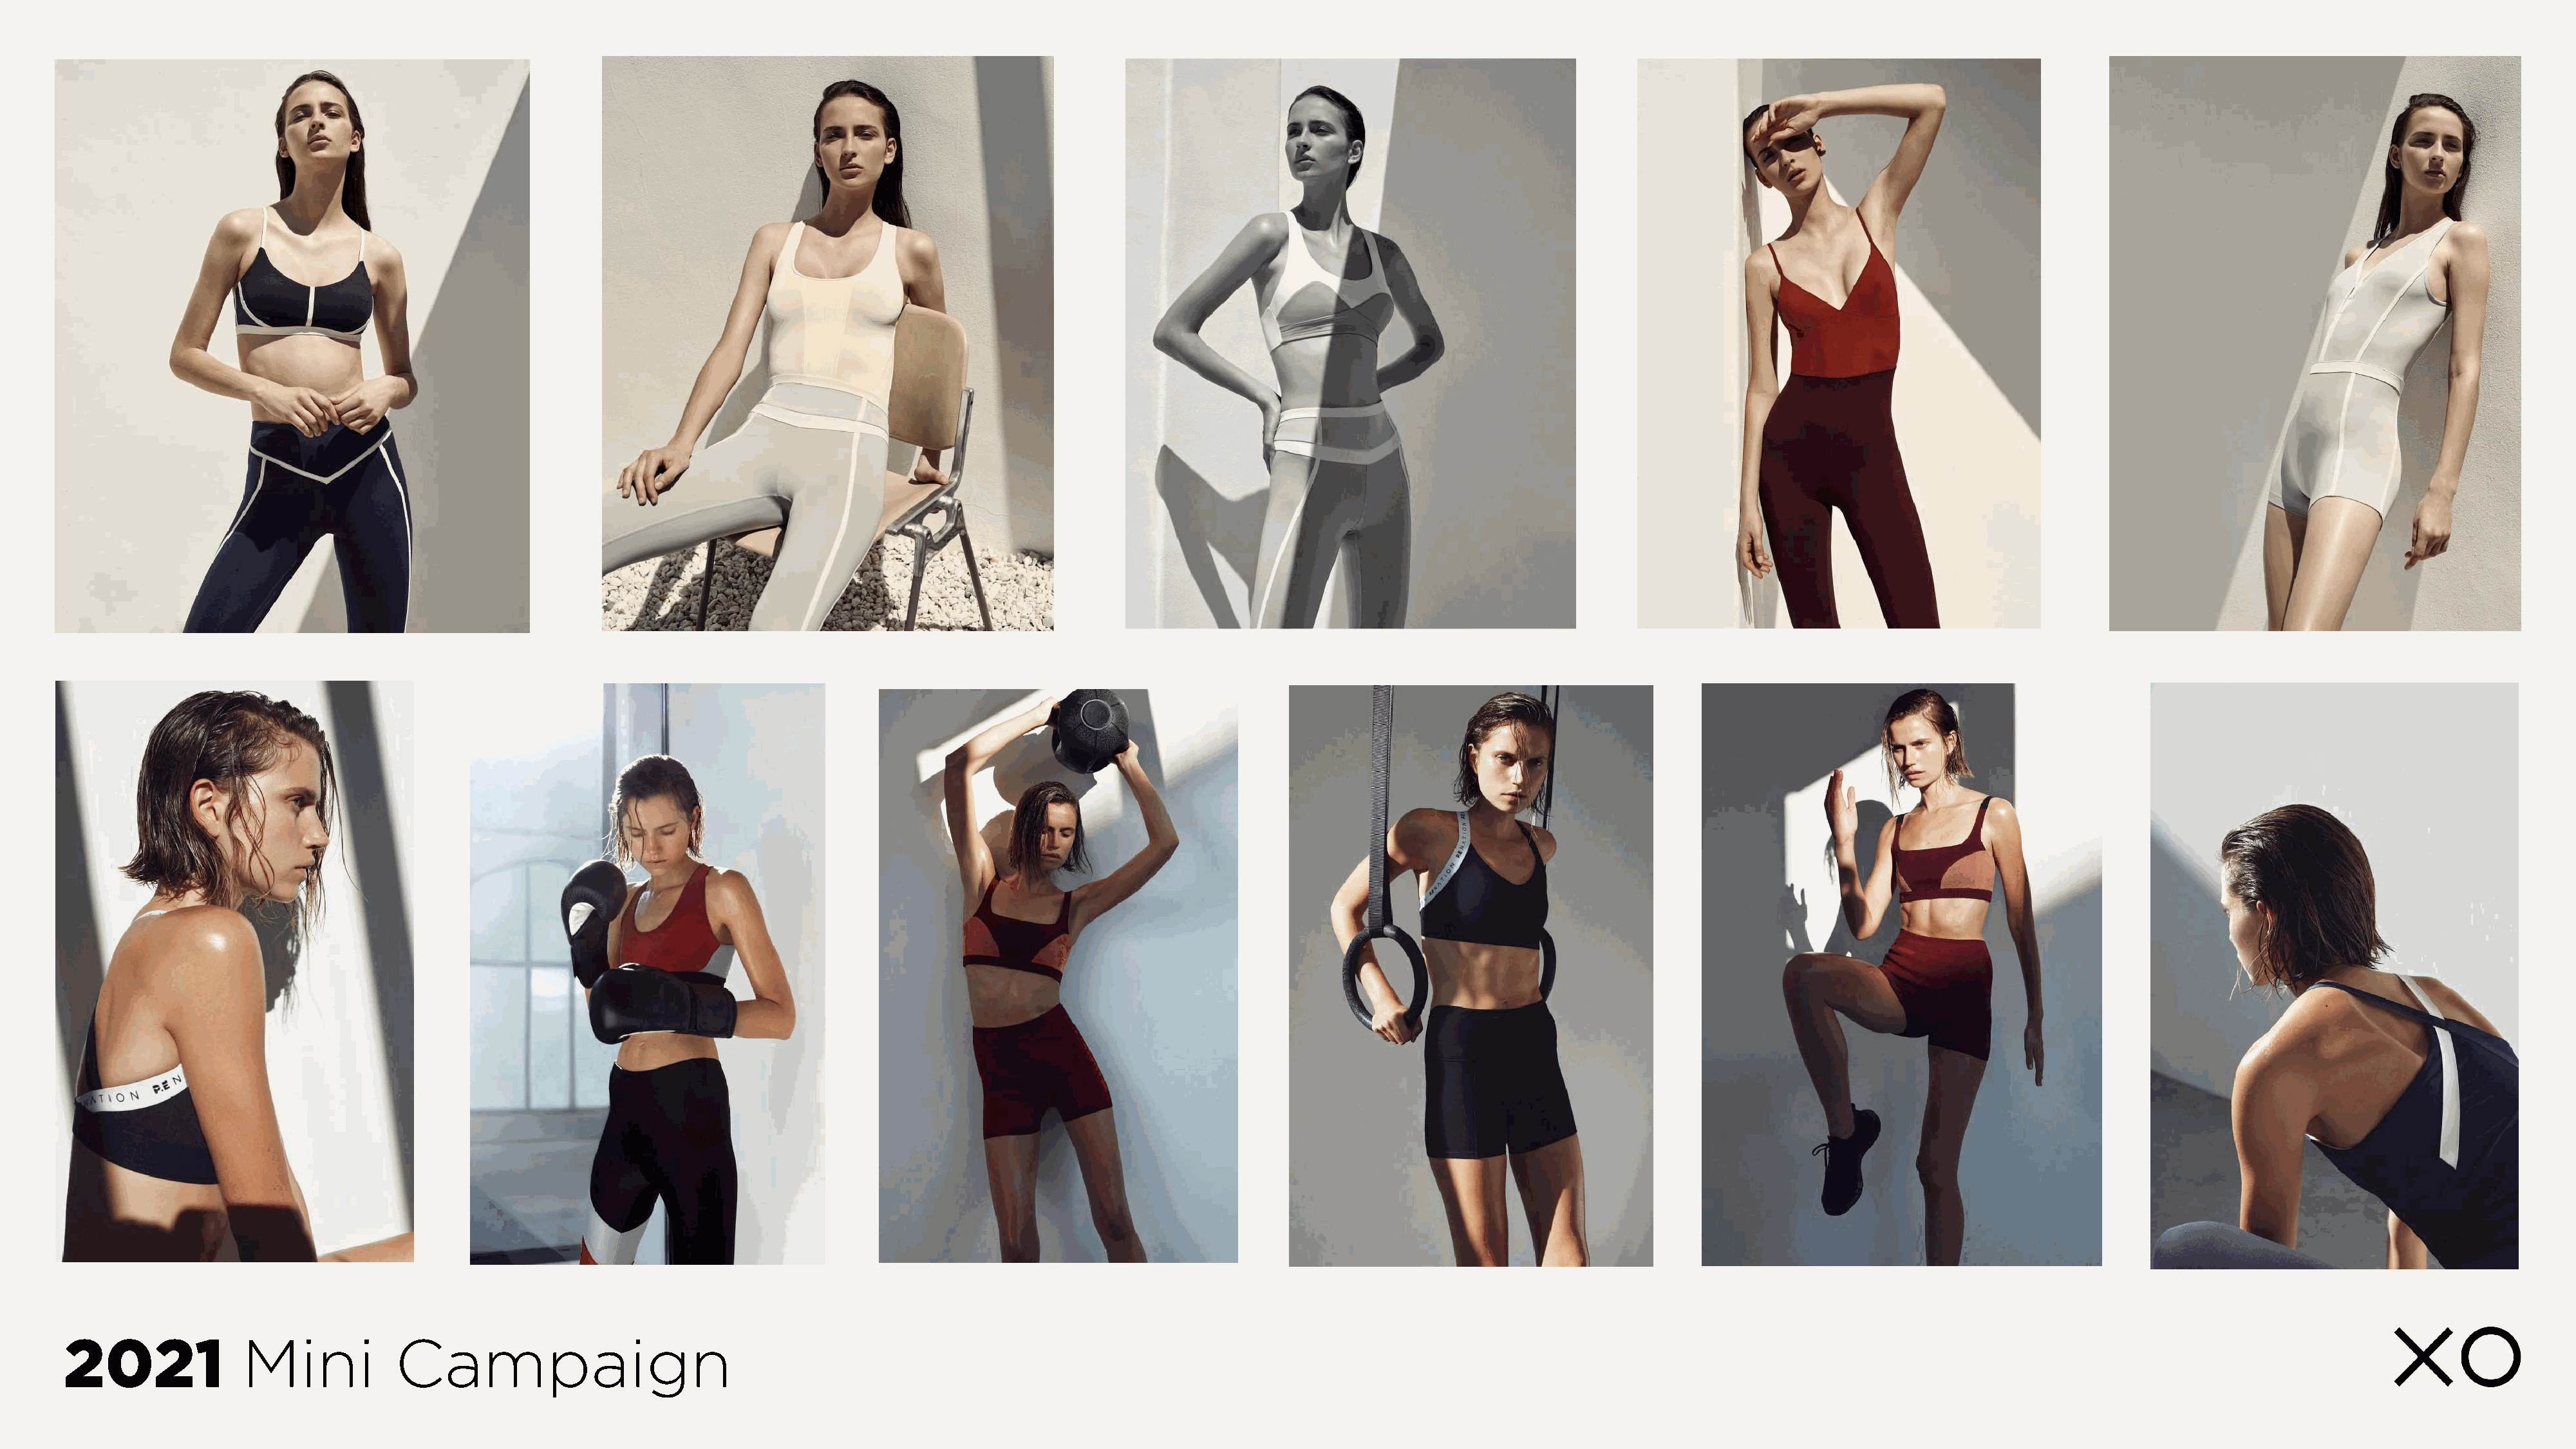
2021              Mini            Campaign